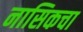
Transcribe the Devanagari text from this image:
नासिकचा